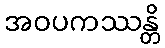
အဝပကဿန္တိ